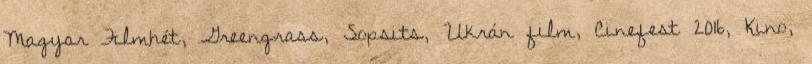
Magyar Filmhét, Greengrass, Sopsits, Ukrán film, Cinefest 2016, Kino,